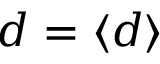
d = \langle d \rangle